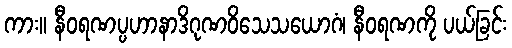
ကား။ နီဝရဏပ္ပဟာနာဒိဂုဏဝိသေသယောဂံ၊ နီဝရဏကို ပယ်ခြင်း